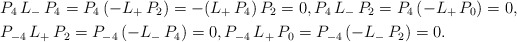
\begin{align*}&P_4\,L_-\,P_4=P_4\,(-L_+\,P_2)=-(L_+\,P_4)\,P_2=0, P_4\,L_-\,P_2=P_4\,(-L_+\,P_0)=0,\\&P_{-4}\,L_+\,P_2=P_{-4}\,(-L_-\,P_4)=0, P_{-4}\,L_+\,P_0=P_{-4}\,(-L_-\,P_2)=0.\end{align*}